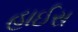
હાઈસ